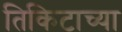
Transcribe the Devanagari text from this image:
तिकिटाच्या